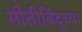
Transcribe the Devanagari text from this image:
मोतीबिंदूच्या